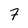
Character: 7